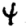
Digit: 4